Scottish Leaving Certificate Examination, 1961
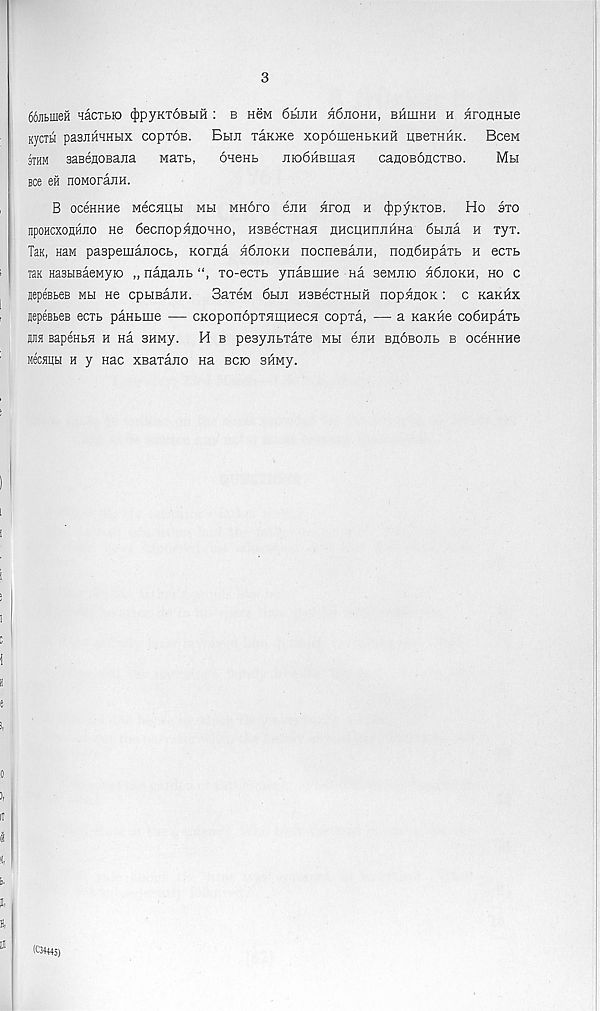
3
SoJitmen Hacibio ifipyKTOBbiH : b hbm 6hjih a6noHH, bhiuhh h HroaHbie
KyCTbl paSJIHHHLIX COpTOB. BtlJl TaK>Ke XOpOIIieHBKHH KB6THHK. Bc6M
3thm saBeHOBana naxh,
oneKb
jiio6HBiuaH
caaoBoncTBo.
Mbi
see eft noMorann.
B oceHHHe MecMUH mh mhopo 6jih aron h 4>Py KT0B - Ho bto
npoHcxoflHJio ne 6ecnopHnoHHo, HSBecTHan nHCHunjiHHa 6hina h Tyx.
Tax, naM paspemanocb, norna h6jiokh nocneBanH, noa6npaTb h eoxb
Tax HasbmaeMyjo „ nanajib
xo-ecTb ynaBiHHe Ha aeMnio h6jiokh, ho c
nepeBbes mh He cpbrnajiH. SaxeM 6hji h3b6cxhhh hophhok : c KaKHx
aepeBbes ecrb paHbme — CKoponopxnmHecH copxa, — a KaKHe co6Hpaxb
ana BapeHbH h na 3HMy. H b pesyjitxaxe mh eim bhobojib b oceHHHe
MecHiibi h y Hac xsaxano na bck> 3HMy.
(C34445)